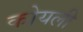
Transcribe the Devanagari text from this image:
कोयली